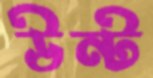
উন্ট